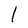
Character: l